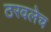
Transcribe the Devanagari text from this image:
ठरवलेच